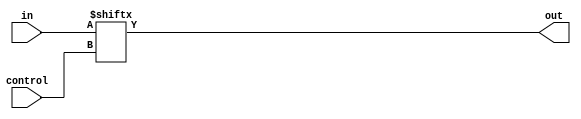
module Mux4_1(
    output out,
    input [1:0] control,
    input [3:0] in
);
    assign out = in[control];
endmodule